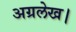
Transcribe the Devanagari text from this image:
अग्रलेख।